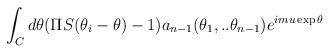
LaTeX: \begin{align*}\int_{C}d\theta (\Pi S(\theta _{i}-\theta )-1)a_{n-1}(\theta _{1},..\theta_{n-1})e^{imu\exp \theta }\end{align*}